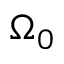
\Omega _ { 0 }